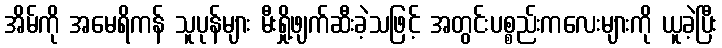
အိမ်ကို အမေရိကန် သူပုန်များ မီးရှို့ဖျက်ဆီးခဲ့သဖြင့် အတွင်းပစ္စည်းကလေးများကို ယူခဲ့ပြီး